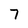
Character: 7